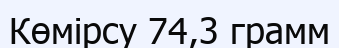
Көмірсу 74,3 грамм